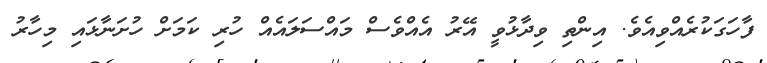
ފާހަގަކުރެއްވިއެވެ. އިންތި ވިދާޅުވީ އޭރު އެއްވެސް މައްސަލައެއް ހުރި ކަމަށް ހުށަނާޅައި މިހާރު